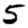
Digit: 5